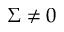
\Sigma \neq 0